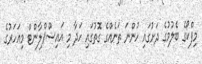
މިފްކޯގެ ބެލުމުގެ ދަށުގައި ހުންނަ ތަނެއްގެ ގޮތުގައި ހަދާ މި އައިސްޕްލާންޓް މިއަހަރުގެ